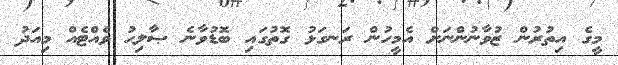
މީގެ އިތުރުން ޒުވާނުންނަށް އެމީހުން ރަނގަޅު ގޮތުގައި ބޮޑުވާނެ ޞާލިޙު ވެއްޓެއް މިއަދު